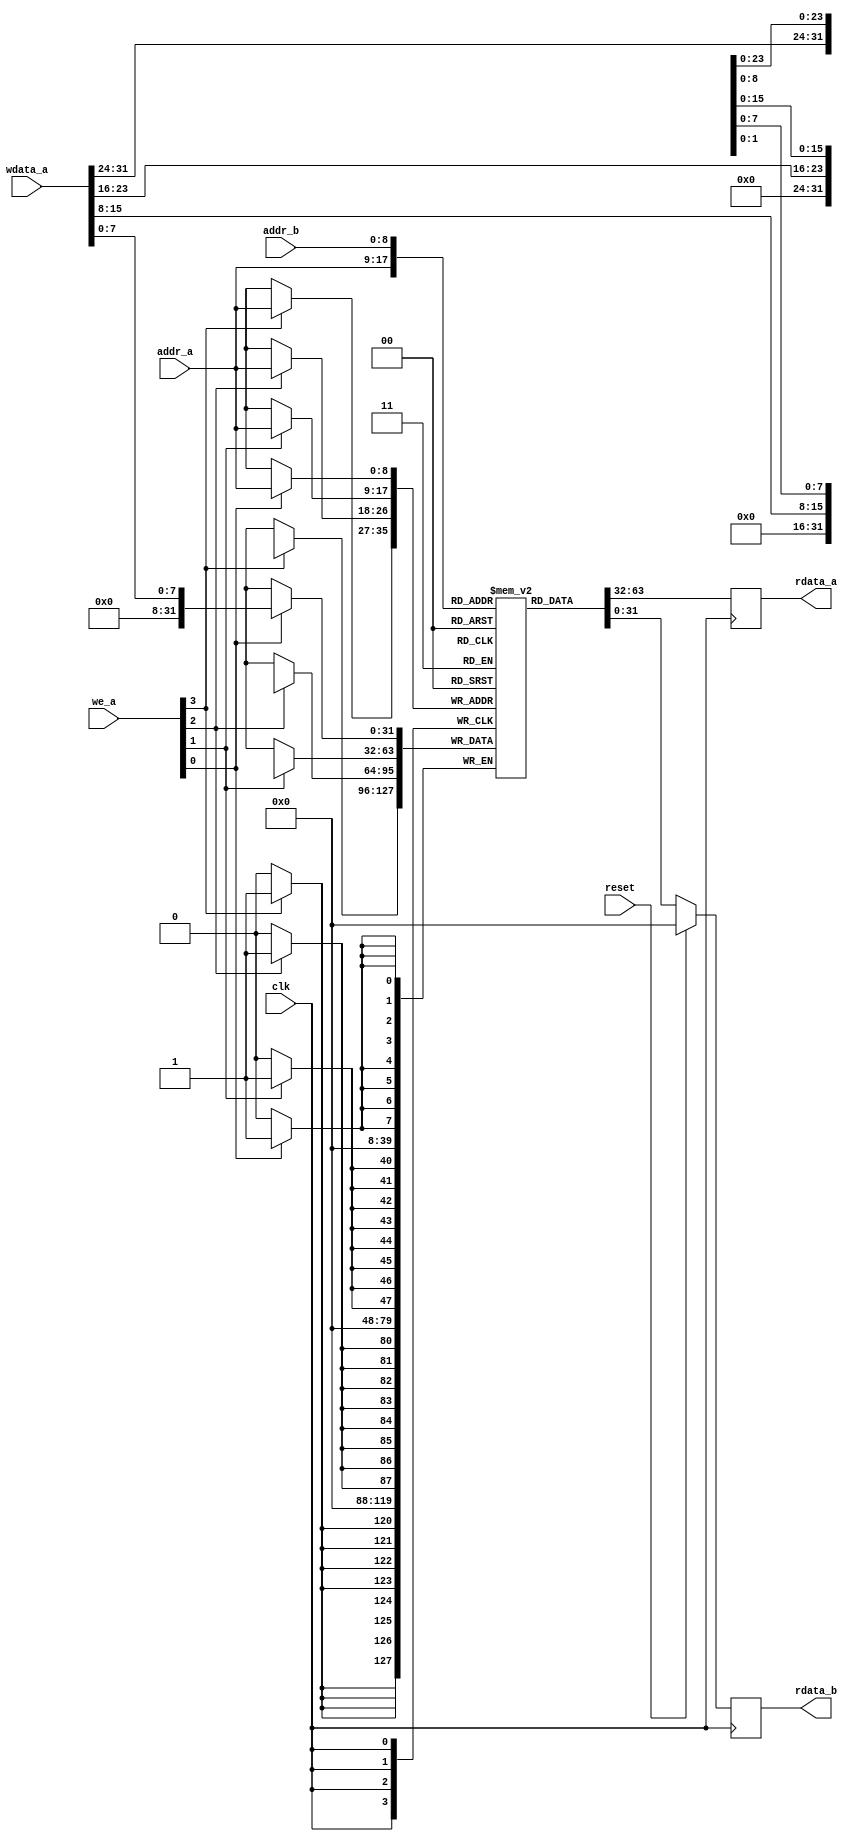
/*
 * Copyright (c) 2015 Brett Witherspoon
 */

`timescale 1ns / 1ps

module ram #(
    parameter ADDR_WIDTH = 9,
    parameter DATA_WIDTH = 32,
    parameter DATA_BYTES = DATA_WIDTH / 8
)(
    input                       clk,
    input                       reset,
    // Port A
    input      [DATA_BYTES-1:0] we_a,
    input      [ADDR_WIDTH-1:0] addr_a,
    input      [DATA_WIDTH-1:0] wdata_a,
    output reg [DATA_WIDTH-1:0] rdata_a,
    // Port B
    input      [ADDR_WIDTH-1:0] addr_b,
    output reg [DATA_WIDTH-1:0] rdata_b
);

    reg [DATA_WIDTH-1:0] mem [0:2**ADDR_WIDTH-1];

`ifdef __ICARUS__
    wire [DATA_WIDTH-1:0] mem_ [0:2**ADDR_WIDTH-1];
    genvar k;
    for (k = 0; k < 2**ADDR_WIDTH; k = k + 1) begin : genmem
            assign mem_[k] = mem[k];
    end
`endif

    // Port A
    integer i;
    always @(posedge clk) begin
        for (i = 0; i < DATA_BYTES; i = i + 1)
            if (we_a[i])
                mem[addr_a][8*i +: 8] <= wdata_a[8*i +: 8];
        rdata_a <= mem[addr_a];
    end

    // Port B
    always @(posedge clk)
        rdata_b <= reset ? 0 : mem[addr_b];

endmodule